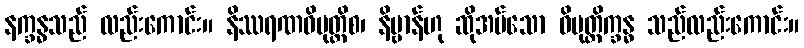
နက္ခန္ဓသည် လည်းကောင်း။ နိဿရဏဝိမုတ္တိစ၊ နိဗ္ဗာန်ဟု ဆိုအပ်သော ဝိမုတ္တိက္ခန္ဓ သည်လည်းကောင်း။